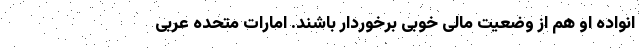
انواده او هم از وضعیت مالی خوبی برخوردار باشند. امارات متحده عربی